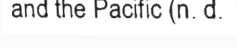
and the Pacific (n. d.